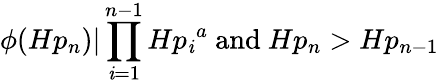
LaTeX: \phi(Hp_{n})|\prod_{\mathit{i}=1}^{n-1}{Hp_{\mathit{i}}}^{a}{\mathrm{{~and~}}}Hp_{n}>Hp_{n-1}